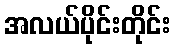
အလယ်ပိုင်းတိုင်း